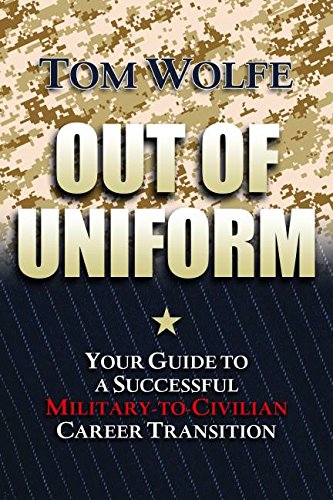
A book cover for Out of Uniform: Your Guide to a Successful Military-to-Civilian Career Transition; Thomas Wolfe; Test Preparation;